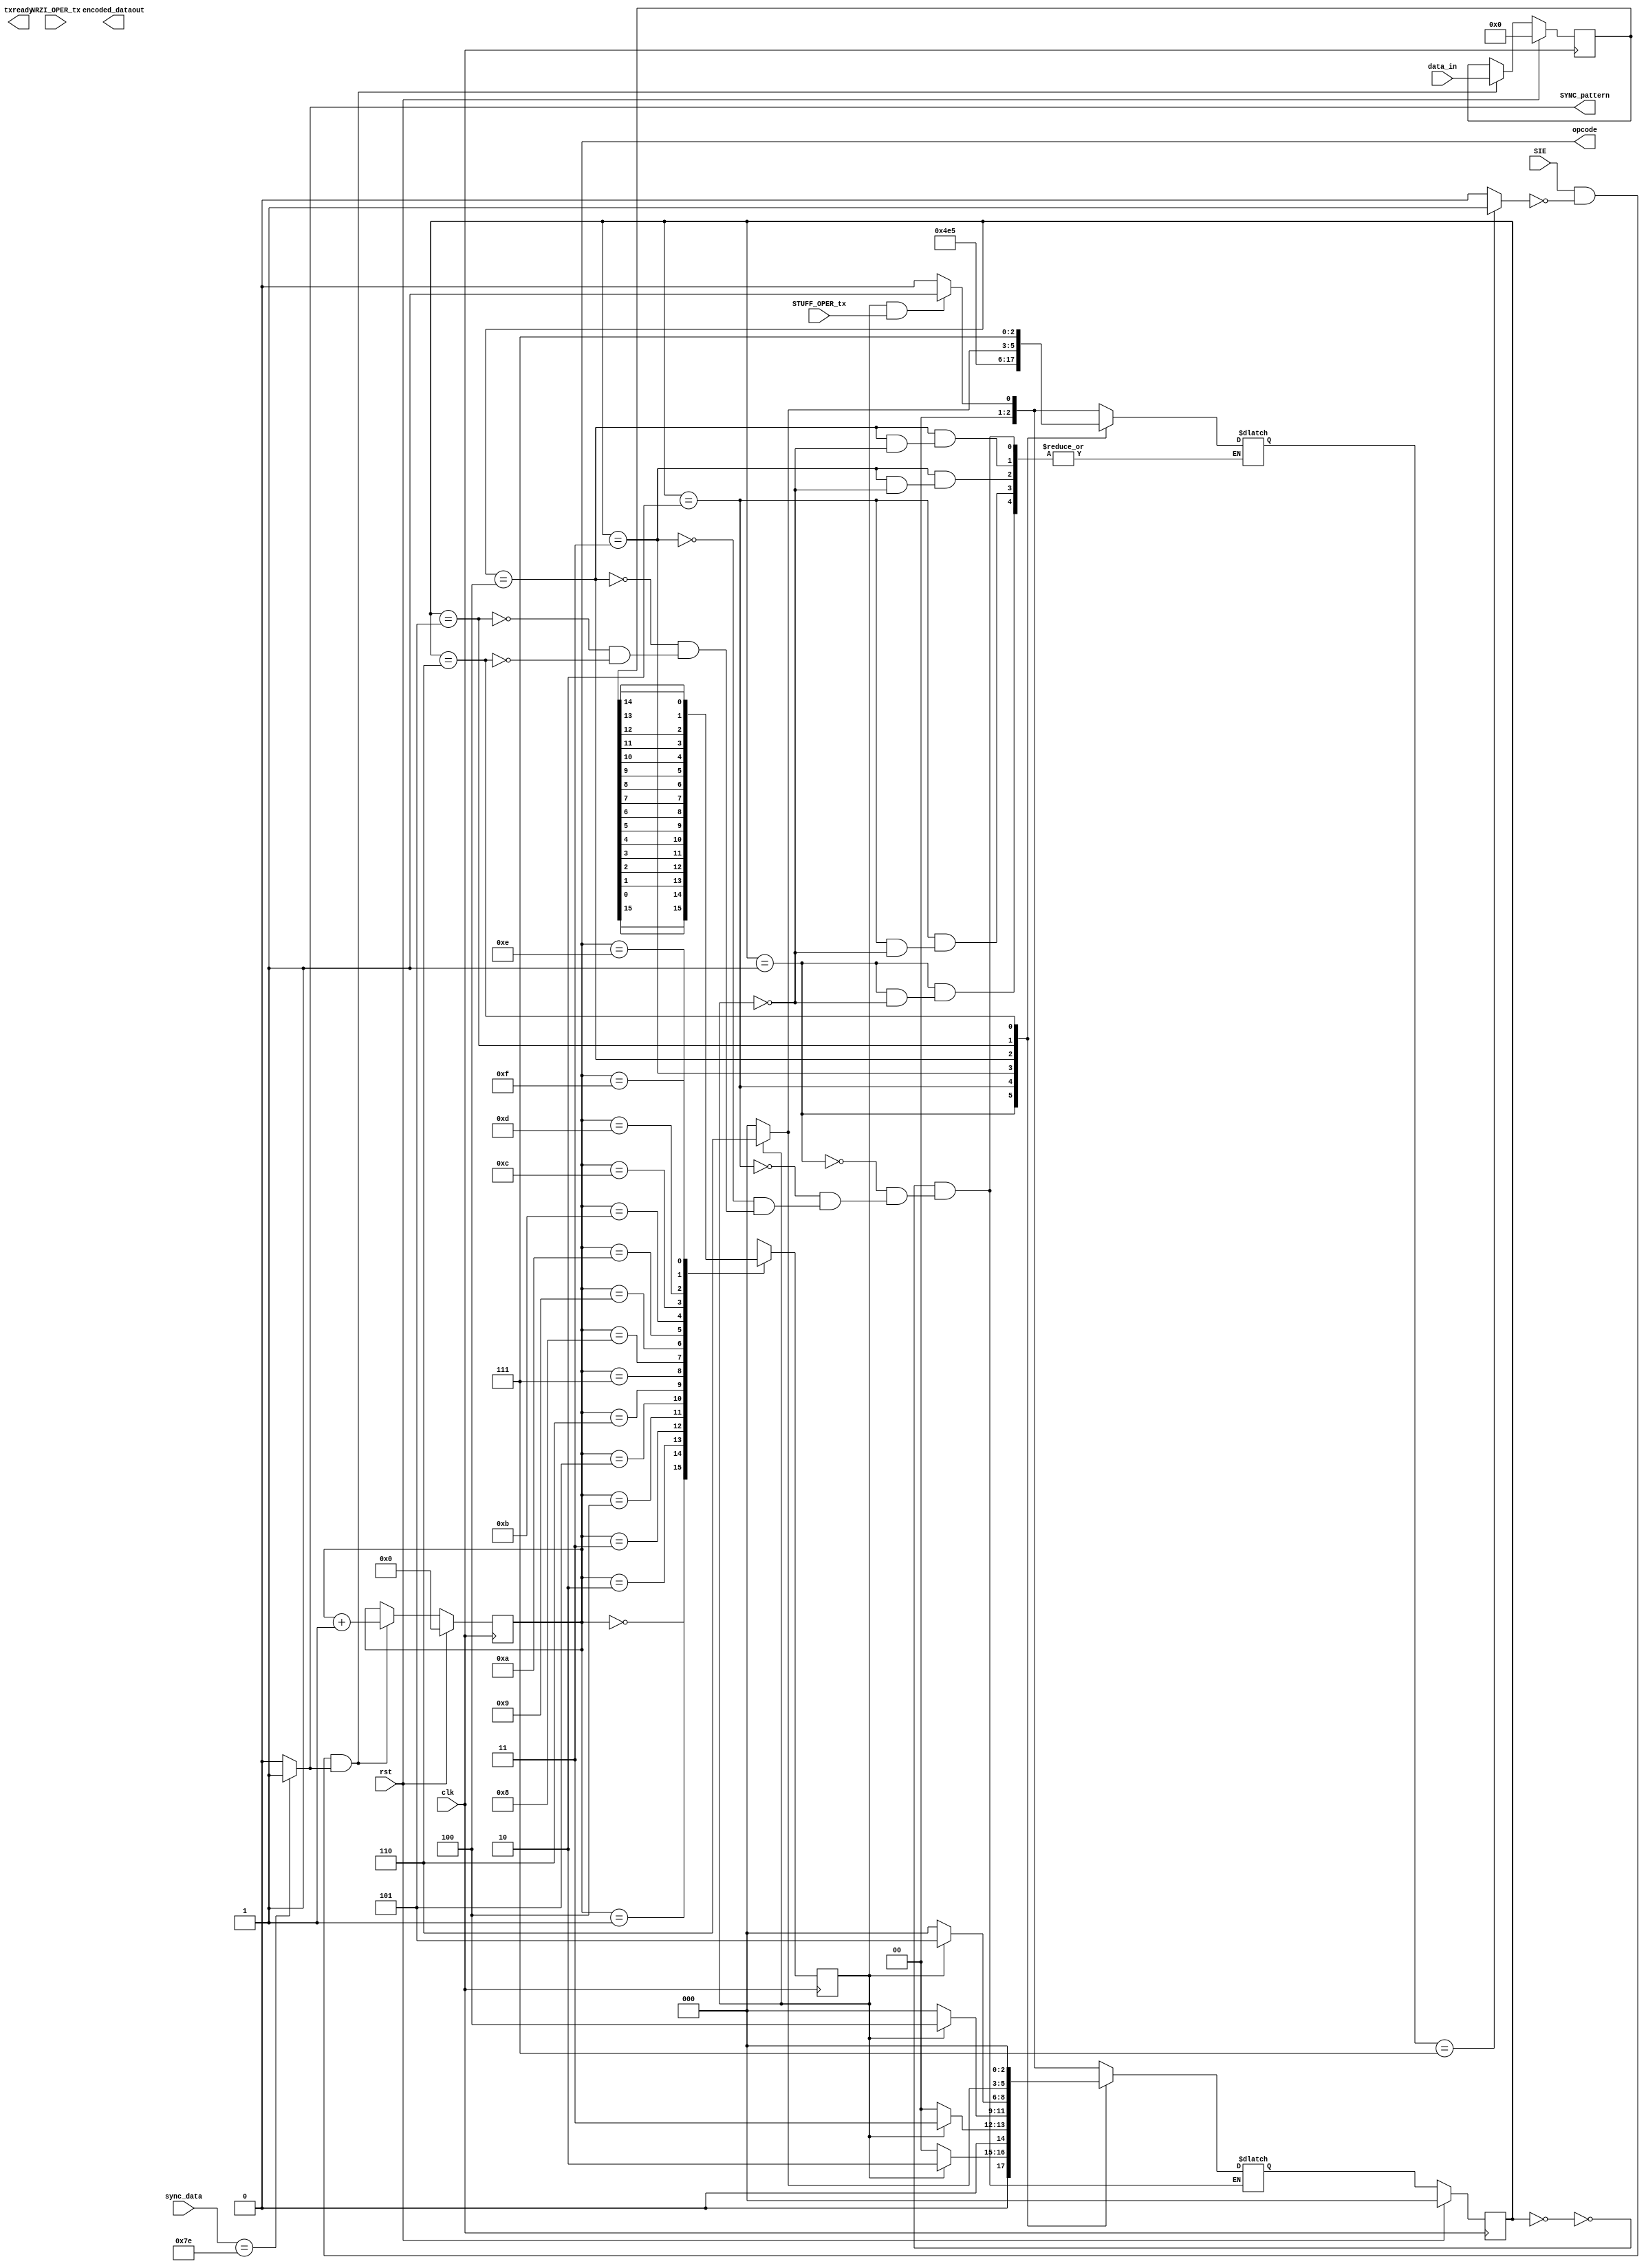
//Module Name:Transmitter
//Purpose:UTMI Transmitter Implementation
//Designer :Verilog Course Team
//Web:www.verilogcourseteam.com.www.vlsiprojects.blogspot.com


module Transmitter (
                        clk,
                        rst,
                        SIE,
                        NRZI_OPER_tx,
                        STUFF_OPER_tx,
                        sync_data,
                        
                        data_in,
                        SYNC_pattern,
                        encoded_dataout,
                        txready,
						      opcode
                        );
                        
 //port declartions                       
                        
 input clk;
 input rst;
 input SIE;
 input STUFF_OPER_tx;
 input NRZI_OPER_tx;
 input [7:0]sync_data;
 
 input [15:0]data_in;
 output encoded_dataout;
 output txready;
 output  SYNC_pattern;
 output [3:0]opcode;
 
 
 reg encoded_dataout;
 reg txready;
 wire SYNC_pattern;
 
 
 //temp registers
 
 reg[15:0]hold_data;
 reg temp_out;
 reg [2:0]PS,NS;
 reg [3:0]opcode;
 reg [2:0]count;
 
 reg x1,x2,x3,x4,x5,x6,x7,x8;
 

 wire Bit_stuff;
 wire data;
 
 
 //parameter definations
 parameter IDLE=3'b000;
 parameter START=3'b001;
 parameter TWO=3'b010;
 parameter THIRD=3'b011;
 parameter FOUR=3'b100;
 parameter FIVE=3'b101;
 parameter BITSTUFF=3'b110;


                       
//coding starts here                

always@(posedge clk)
begin
    if(rst)
    begin
        hold_data<=16'b0000_0000_0000_0000;
        opcode<=4'b0000;
        //txready<=1'b0;
    end
    else if(SIE&&~Bit_stuff&&SYNC_pattern)
       begin
       hold_data<=data_in;
       opcode<=opcode+1'b1;
       end
    else
    opcode<=opcode;
end


//Serial to Parallel Converstion

always@( posedge clk)
begin
    case(opcode)
       4'b0000:temp_out=hold_data[15];
       4'b0001:temp_out=hold_data[0];
       4'b0010:temp_out=hold_data[1];
       4'b0011:temp_out=hold_data[2];
       4'b0100:temp_out=hold_data[3];
       4'b0101:temp_out=hold_data[4];
       4'b0110:temp_out=hold_data[5];
       4'b0111:temp_out=hold_data[6];
       4'b1000:temp_out=hold_data[7];
       4'b1001:temp_out=hold_data[8];
       4'b1010:temp_out=hold_data[9];
       4'b1011:temp_out=hold_data[10];
       4'b1100:temp_out=hold_data[11];
       4'b1101:temp_out=hold_data[12];
       4'b1110:temp_out=hold_data[13];
       4'b1111:temp_out=hold_data[14];
    endcase

 end
 
//Bit stuff Logic
 always@(posedge clk)
 begin
     if(rst)
     begin
          PS<=IDLE;
          //count=3'b000;
      end
     else
          PS<=NS;
end

always@(PS or temp_out)
begin
    case(PS)
        IDLE:if(temp_out&&STUFF_OPER_tx)
                begin
                    count=3'b001;//count+1'b1;
                    NS=START;
                end
                else
                begin
                NS=IDLE;
                count=3'b000;
            end
                
        START:if(temp_out)
        begin
             count=3'b010;
             NS=TWO;
         end
         else
            begin
               //count=3'b000;
               NS=IDLE;
           end
           
        TWO:if(temp_out)
        begin
             count=3'b011;
             NS=THIRD;
        end   
         else
            begin
               //count=3'b000;
               NS=IDLE;
           end
           
        THIRD:if(temp_out)
        begin
             count=3'b100;
             NS=FOUR;
        end   
         else
            begin
               //count=3'b000;
               NS=IDLE;
           end
           
        FOUR:if(temp_out)
        begin
             count=3'b101;
             NS=FIVE;
        end   
         else
            begin
               //count=3'b000;
               NS=IDLE;
           end
        
        FIVE:if(temp_out)
        begin
             count=3'b110;
             NS=BITSTUFF;
        end   
         else
            begin
               count=3'b000;
               NS=IDLE;
           end
       BITSTUFF://if(temp_out)
               begin
                   count=3'b111;
                   NS=IDLE;
               end
               
                 
   endcase
   
   end
  
   
   assign Bit_stuff=(count==3'b111)?1'b1:1'b0;
   
   assign data=Bit_stuff?0:temp_out;
   
   assign SYNC_pattern=(sync_data==8'b0111_1110)?1'b1:1'b0;//SYNC PATTERN CHECKING
      
 

 
 
endmodule